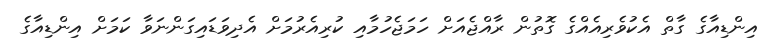
އިންޑިއާގެ ގާތް އެކުވެރިއެއްގެ ގޮތުން ރާއްޖެއަށް ހަމަޖެހުމާއި ކުރިއެރުމަށް އެދިވަޑައިގަންނަވާ ކަމަށް އިންޑިއާގެ